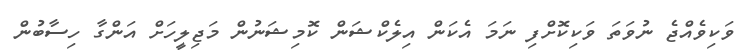
ވަކިވެއްޖެ ނުވަތަ ވަކިކޮށްފި ނަމަ އެކަން އިލެކްޝަން ކޮމިޝަނުން މަޖިލީހަށް އަންގާ ހިސާބުން